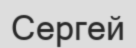
Сергей